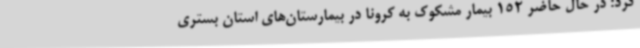
کرد: در حال حاضر 152 بیمار مشکوک به کرونا در بیمارستان‌های استان بستری